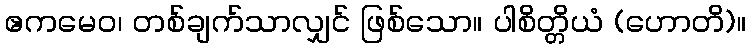
ဧကမေဝ၊ တစ်ချက်သာလျှင် ဖြစ်သော။ ပါစိတ္တိယံ (ဟောတိ)။